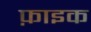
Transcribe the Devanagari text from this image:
फ़ाइक